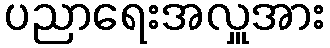
ပညာရေးအလှူအား